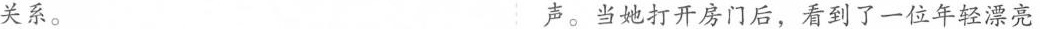
关系。 声。当她打开房门后，看到了一位年轻漂亮